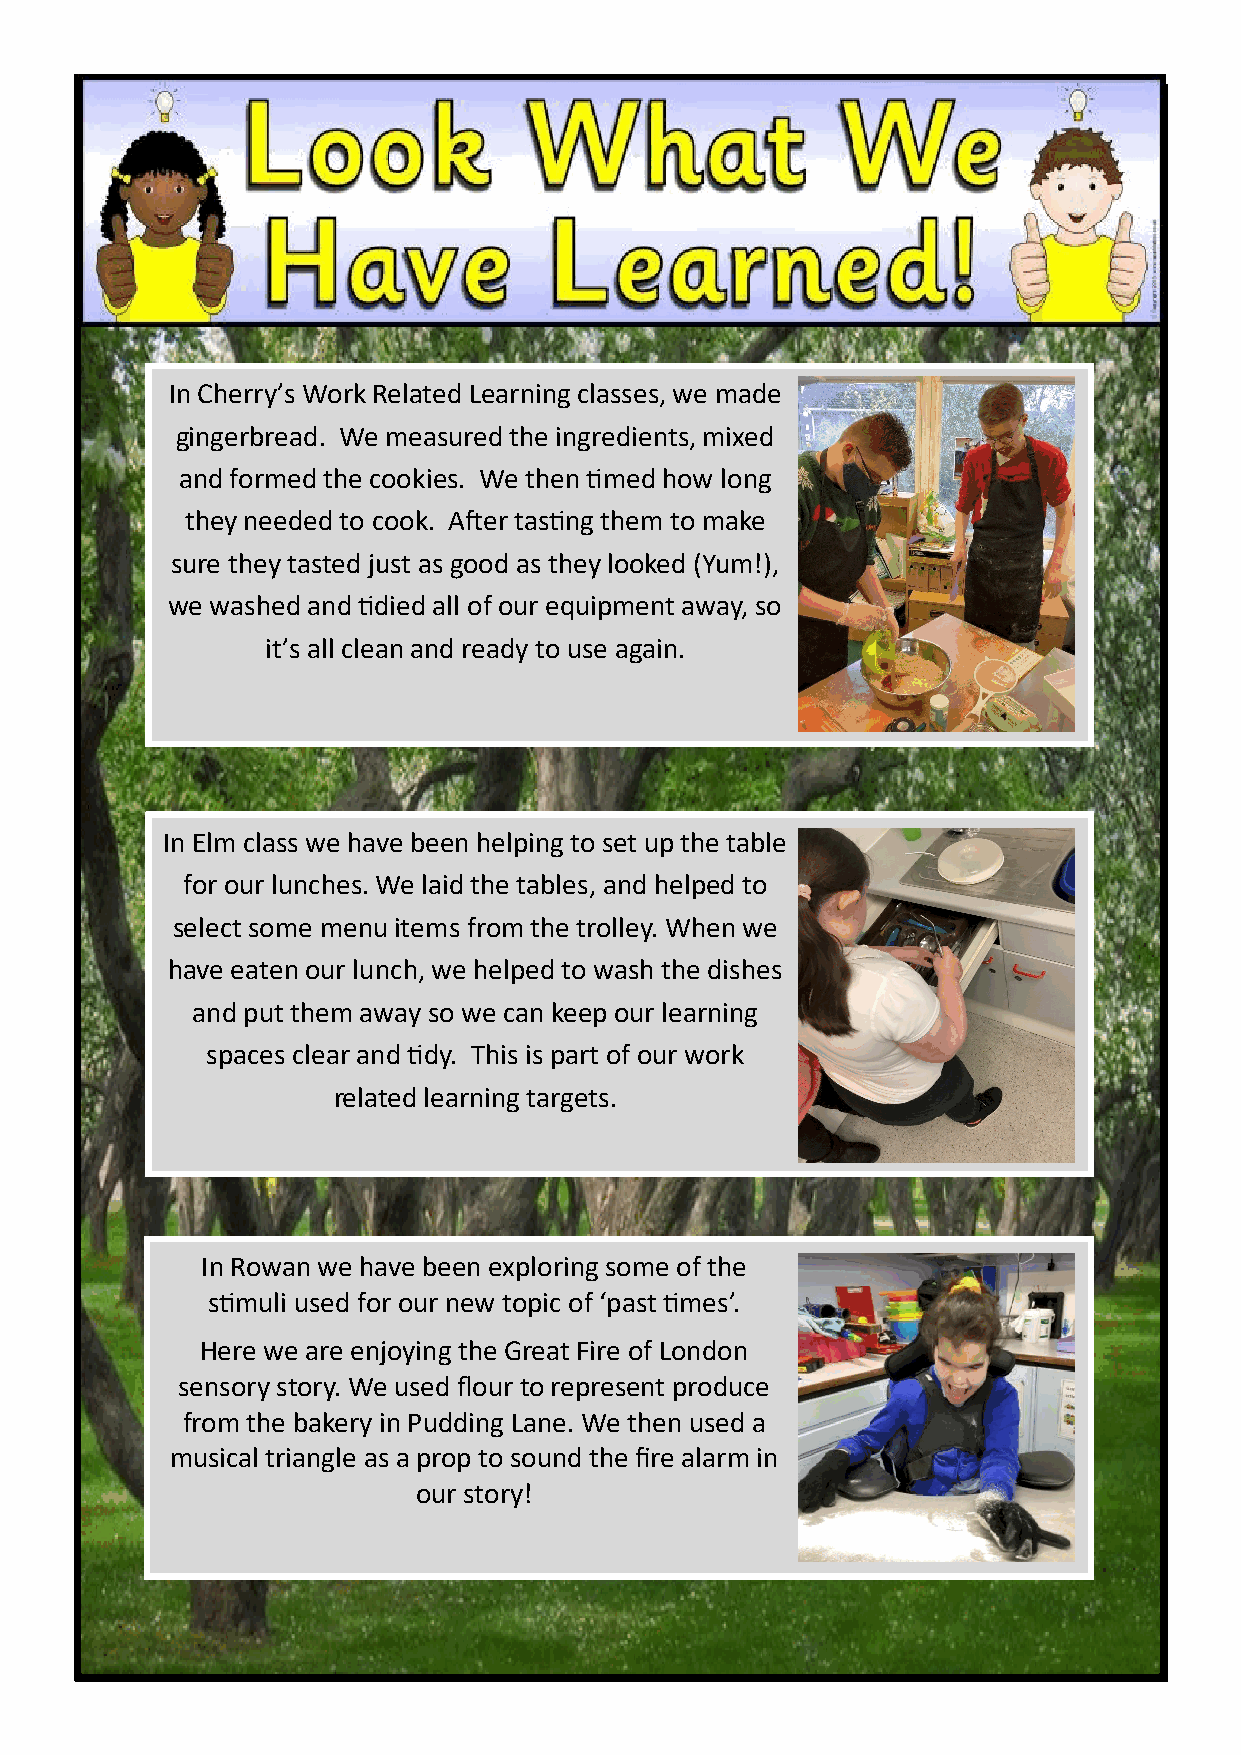
In Cherry’s Work Related Learning classes, we made
 gingerbread. We measured the ingredients, mixed
 and formed the cookies. We then timed how long
 they needed to cook. After tasting them to make
 sure they tasted just as good as they looked (Yum!),
 we washed and tidied all of our equipment away, so
 it’s all clean and ready to use again.
 In Elm class we have been helping to set up the table
 for our lunches. We laid the tables, and helped to
 select some menu items from the trolley. When we
 have eaten our lunch, we helped to wash the dishes
 and put them away so we can keep our learning
 spaces clear and tidy. This is part of our work
 related learning targets.
 In Rowan we have been exploring some of the
 stimuli used for our new topic of ‘past times’.
 Here we are enjoying the Great Fire of London
 sensory story. We used flour to represent produce
 from the bakery in Pudding Lane. We then used a
 musical triangle as a prop to sound the fire alarm in
 our story!